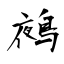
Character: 鵺